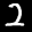
Label: 2